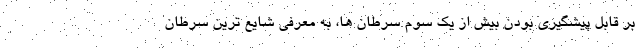
بر قابل پیشگیری بودن بیش از یک سوم سرطان ها، به معرفی شایع ترین سرطان